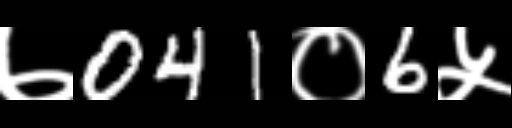
Text: ७041०6५